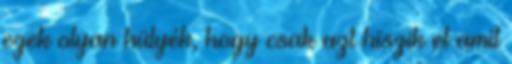
ezek olyan hülyék, hogy csak azt hiszik el amit